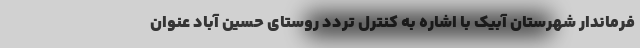
فرماندار شهرستان آبیک با اشاره به کنترل تردد روستای حسین آباد عنوان